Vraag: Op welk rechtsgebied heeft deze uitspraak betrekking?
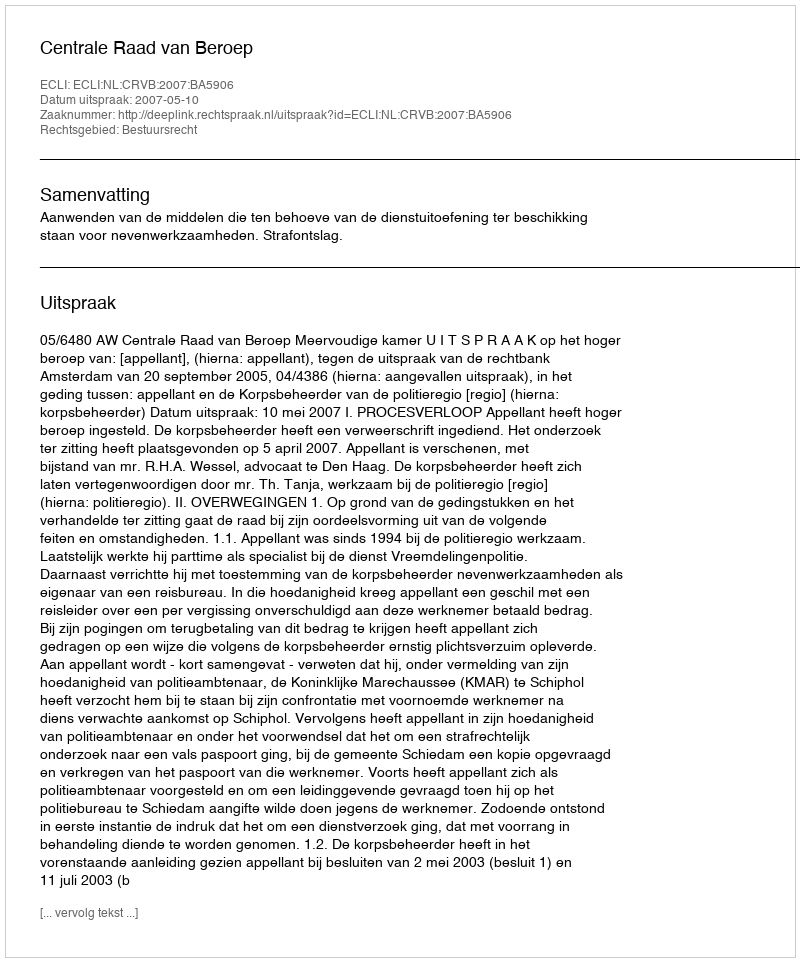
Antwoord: Bestuursrecht